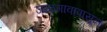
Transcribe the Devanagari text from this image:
जळगावापासून